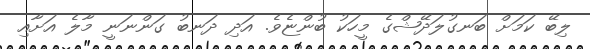
ލިބޭ ކަމަށް ބަނގުލަދޭޝްގެ މީހަކު ބުންޏެވެ. އަދި ދަނބު ގަންނަނީ މާލެ އަށާއި